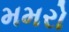
મમરો